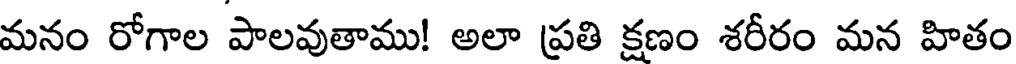
మనం రోగాల పాలవుతాము! అలా ప్రతి క్షణం శరీరం మన హితం